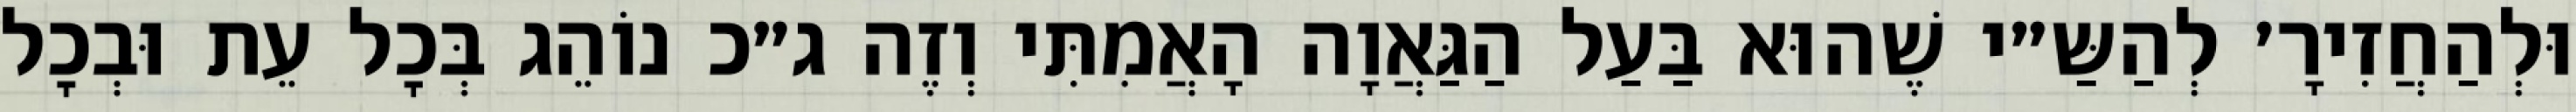
וּלְהַחֲזִירָ׳ לְהַשַּ״י שֶׁהוּא בַּעַל הַגַּאֲוָה הָאֲמִתִּי וְזֶה ג״כ נוֹהֵג בְּכׇל עֵת וּבְכׇל